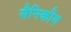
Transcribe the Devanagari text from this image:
सैनिकीय